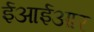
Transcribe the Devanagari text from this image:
ईआईआर